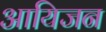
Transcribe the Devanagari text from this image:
आयिजन